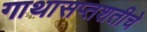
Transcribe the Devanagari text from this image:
गाथासप्तशतीचे